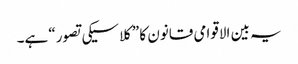
یہ بین الاقوامی قانون کا ”کلاسیکی تصور“ ہے۔